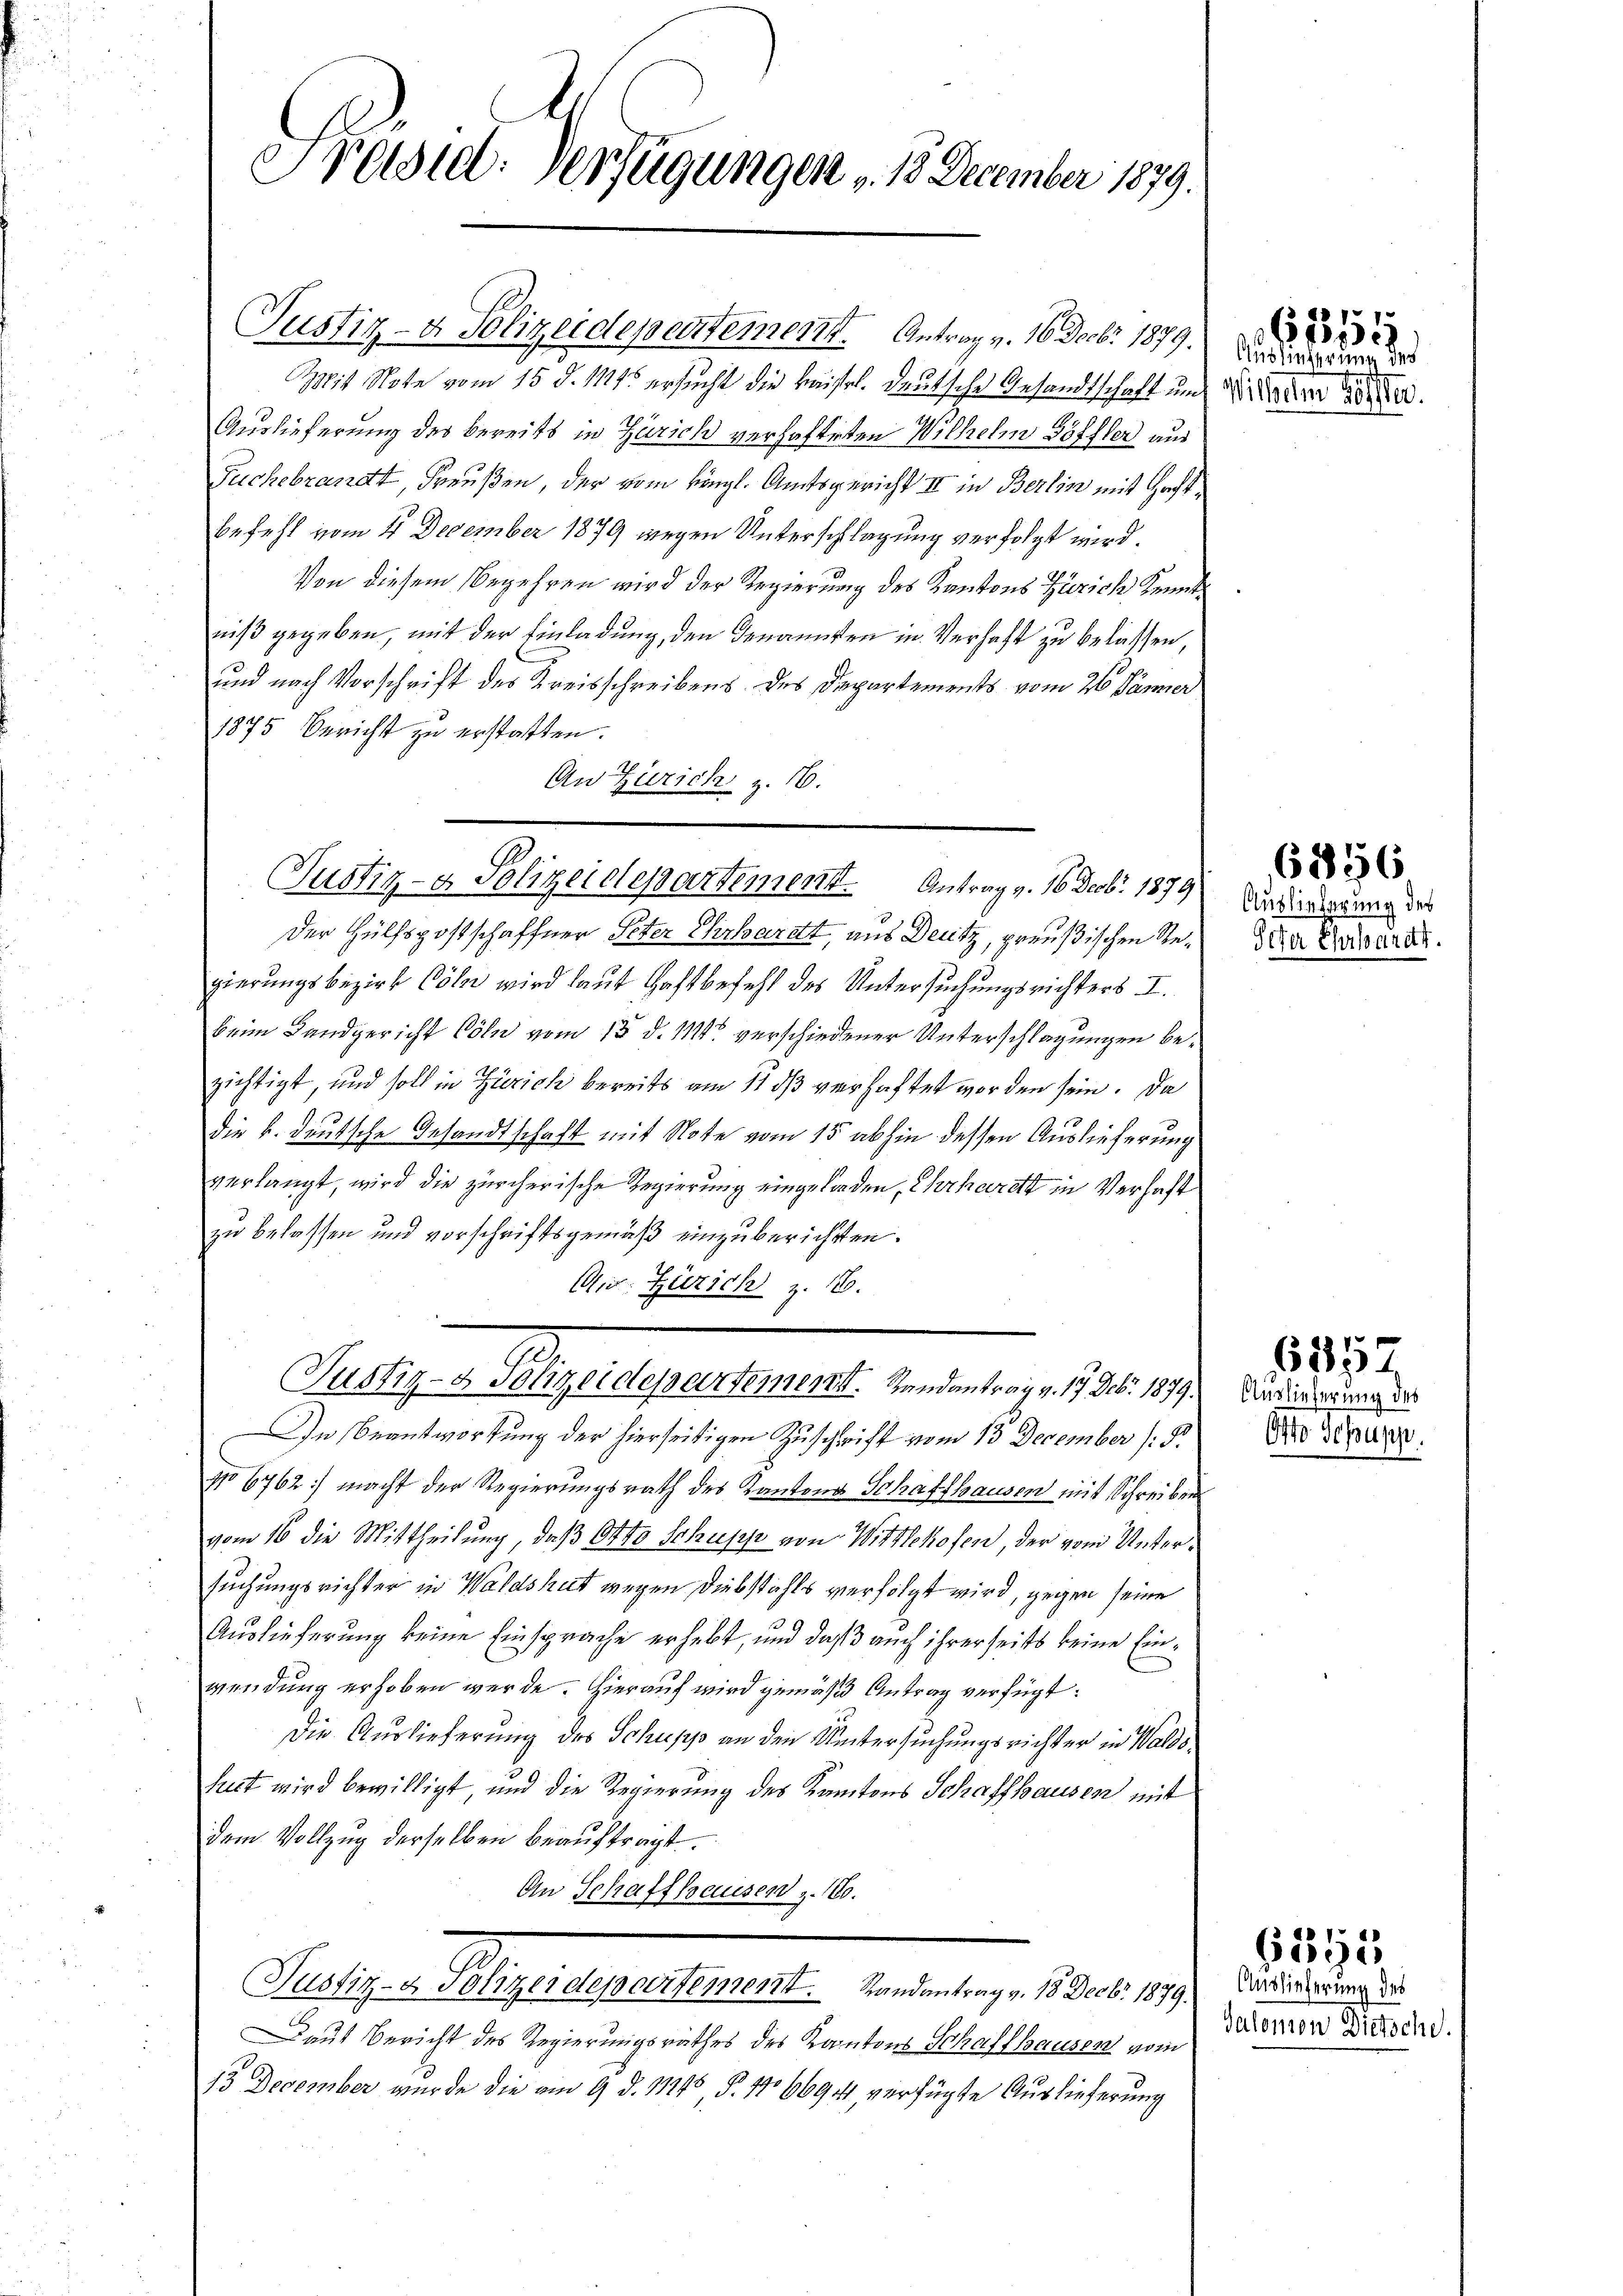
Tradid: Verfügungen v. 18 December 1879.

Justiz- & Polizeidepartement. Antrag v. 16 Decbr. 1879

Justiz- & Polizeidepentement. Antrag v. 16 Decbr. 1879.
Mit Note vom 15. d. 1111. ersucht die kaisel. Deutsche Gesandtschaft um
Auslieferung des bereits in Zürich verhafteten Wilhelm Göffler aus
Fuchebrandt, Freußen, der vom Königl. Amtsgericht II in Berlin mit Hecht¬
Befehl vom 4. December 1879 wegen Unterschlagung verfolgt wird.
Von diesem Begehren wird der Regierung des Kantons Zürich Kenntniß gegeben, mit der Einladung, den Genannten in Verhaft zu belassen,
und nach Vorschrift des Kreisschreibens des Departements vom 26. Jänner
1875 Bericht zu erstatten.
An Zürich z. 16.
Der Hülfspostschaffner Peter Ehrbarett, aus Deutz, preußischen Regierungsbezirk Cöln wird laut Haftbefehl des Untersuchungsrichters I.
beim Landgericht Cöln vom 13. d. M. verschiedener Unterschlagungen bezichtigt, und soll in Zürich bereits am 11. ds verhaftet worden sein. Da
die k. deutsche Gesandtschaft mit Note vom 15 abhin dessen Auslieferung
verlangt, wird die zürcherische Regierung eingeladen, Ehrhardt in Verhaft
zu belassen und vorschriftsgemäß einzuberichten.
C. Zürich z. 16.
Justiz- & Polizeidepartement. Handantrag v. 17. Debr. 1879.
In Beantwortung der hierseitigen Zuschrift vom 13 December (S.
No 6762) macht der Regierungsrath des Kantons Schaffhausen mit Schreiben
vom 16 die Mittheilung, daß Otto Schupp von Wittlekofen, der vom Untersuchungsrichter in Waldshut wegen Diebstahls verfolgt wird, gegen seine
Auslieferung keine Einsprache erhebt, und daß auch ihrerseits keine Einwendung erhoben werde. Hierauf wird gemäß Antrag verfügt:
Die Auslieferung des Schupp an den Untersuchungsrichter in Waldslust wird bewilligt und die Regierung des Kantons Schaffhausen mit
dem Vollzug derselben beauftragt.
An Schaffhausen z. 160.
Justiz- & Polizeidepartement. Randantrag v. 18 Decbr. 1879.
Laut Bericht des Regierungsrathes des Kantons Schaffhausen vom
13 December wurde die am 9. d. 11245 P. No 6694 verfügte Auslieferung

Ainsinsprung der
Willerm 28ste

G,2251

Auslieferung des
Peter Ehrhardt.

6856

157.
Auslieferung des
Otto Schupp.

G,1815

Auslieferung des
Salomon Dietsche.